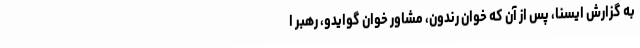
به گزارش ایسنا، پس از آن که خوان رندون، مشاور خوان گوایدو، رهبر ا